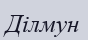
Ділмун